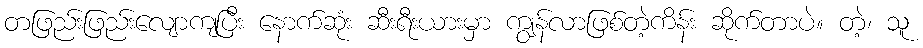
တဖြည်းဖြည်းလျောကျပြီး နောက်ဆုံး ဆီးရီးယားမှာ ကျွန်လာဖြစ်တဲ့ကိန်း ဆိုက်တာပဲ။ တဲ့၊ သူ